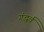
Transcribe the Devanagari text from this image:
गंद्धर्व